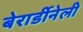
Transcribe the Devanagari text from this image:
बेरार्डीनेली